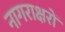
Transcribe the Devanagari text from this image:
नागराक्षरों